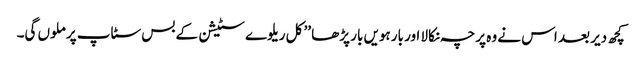
کچھ دیر بعد اس نے وہ پرچہ نکالا اور بارہویں بار پڑھا ’’ کل ریلوے سٹیشن کے بس سٹاپ پر ملوں گی۔